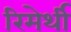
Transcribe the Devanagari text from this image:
रिमेर्थी